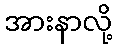
အားနာလို့